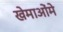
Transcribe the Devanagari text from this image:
खेमाओंमे